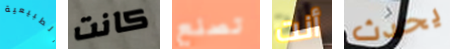
الطبيعية كانت تصنع أنت يحدث